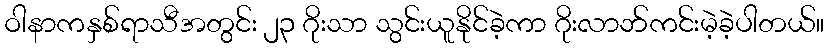
ဝါနာကနှစ်ရာသီအတွင်း ၂၃ ဂိုးသာ သွင်းယူနိုင်ခဲ့ကာ ဂိုးလာဘ်ကင်းမဲ့ခဲ့ပါတယ်။